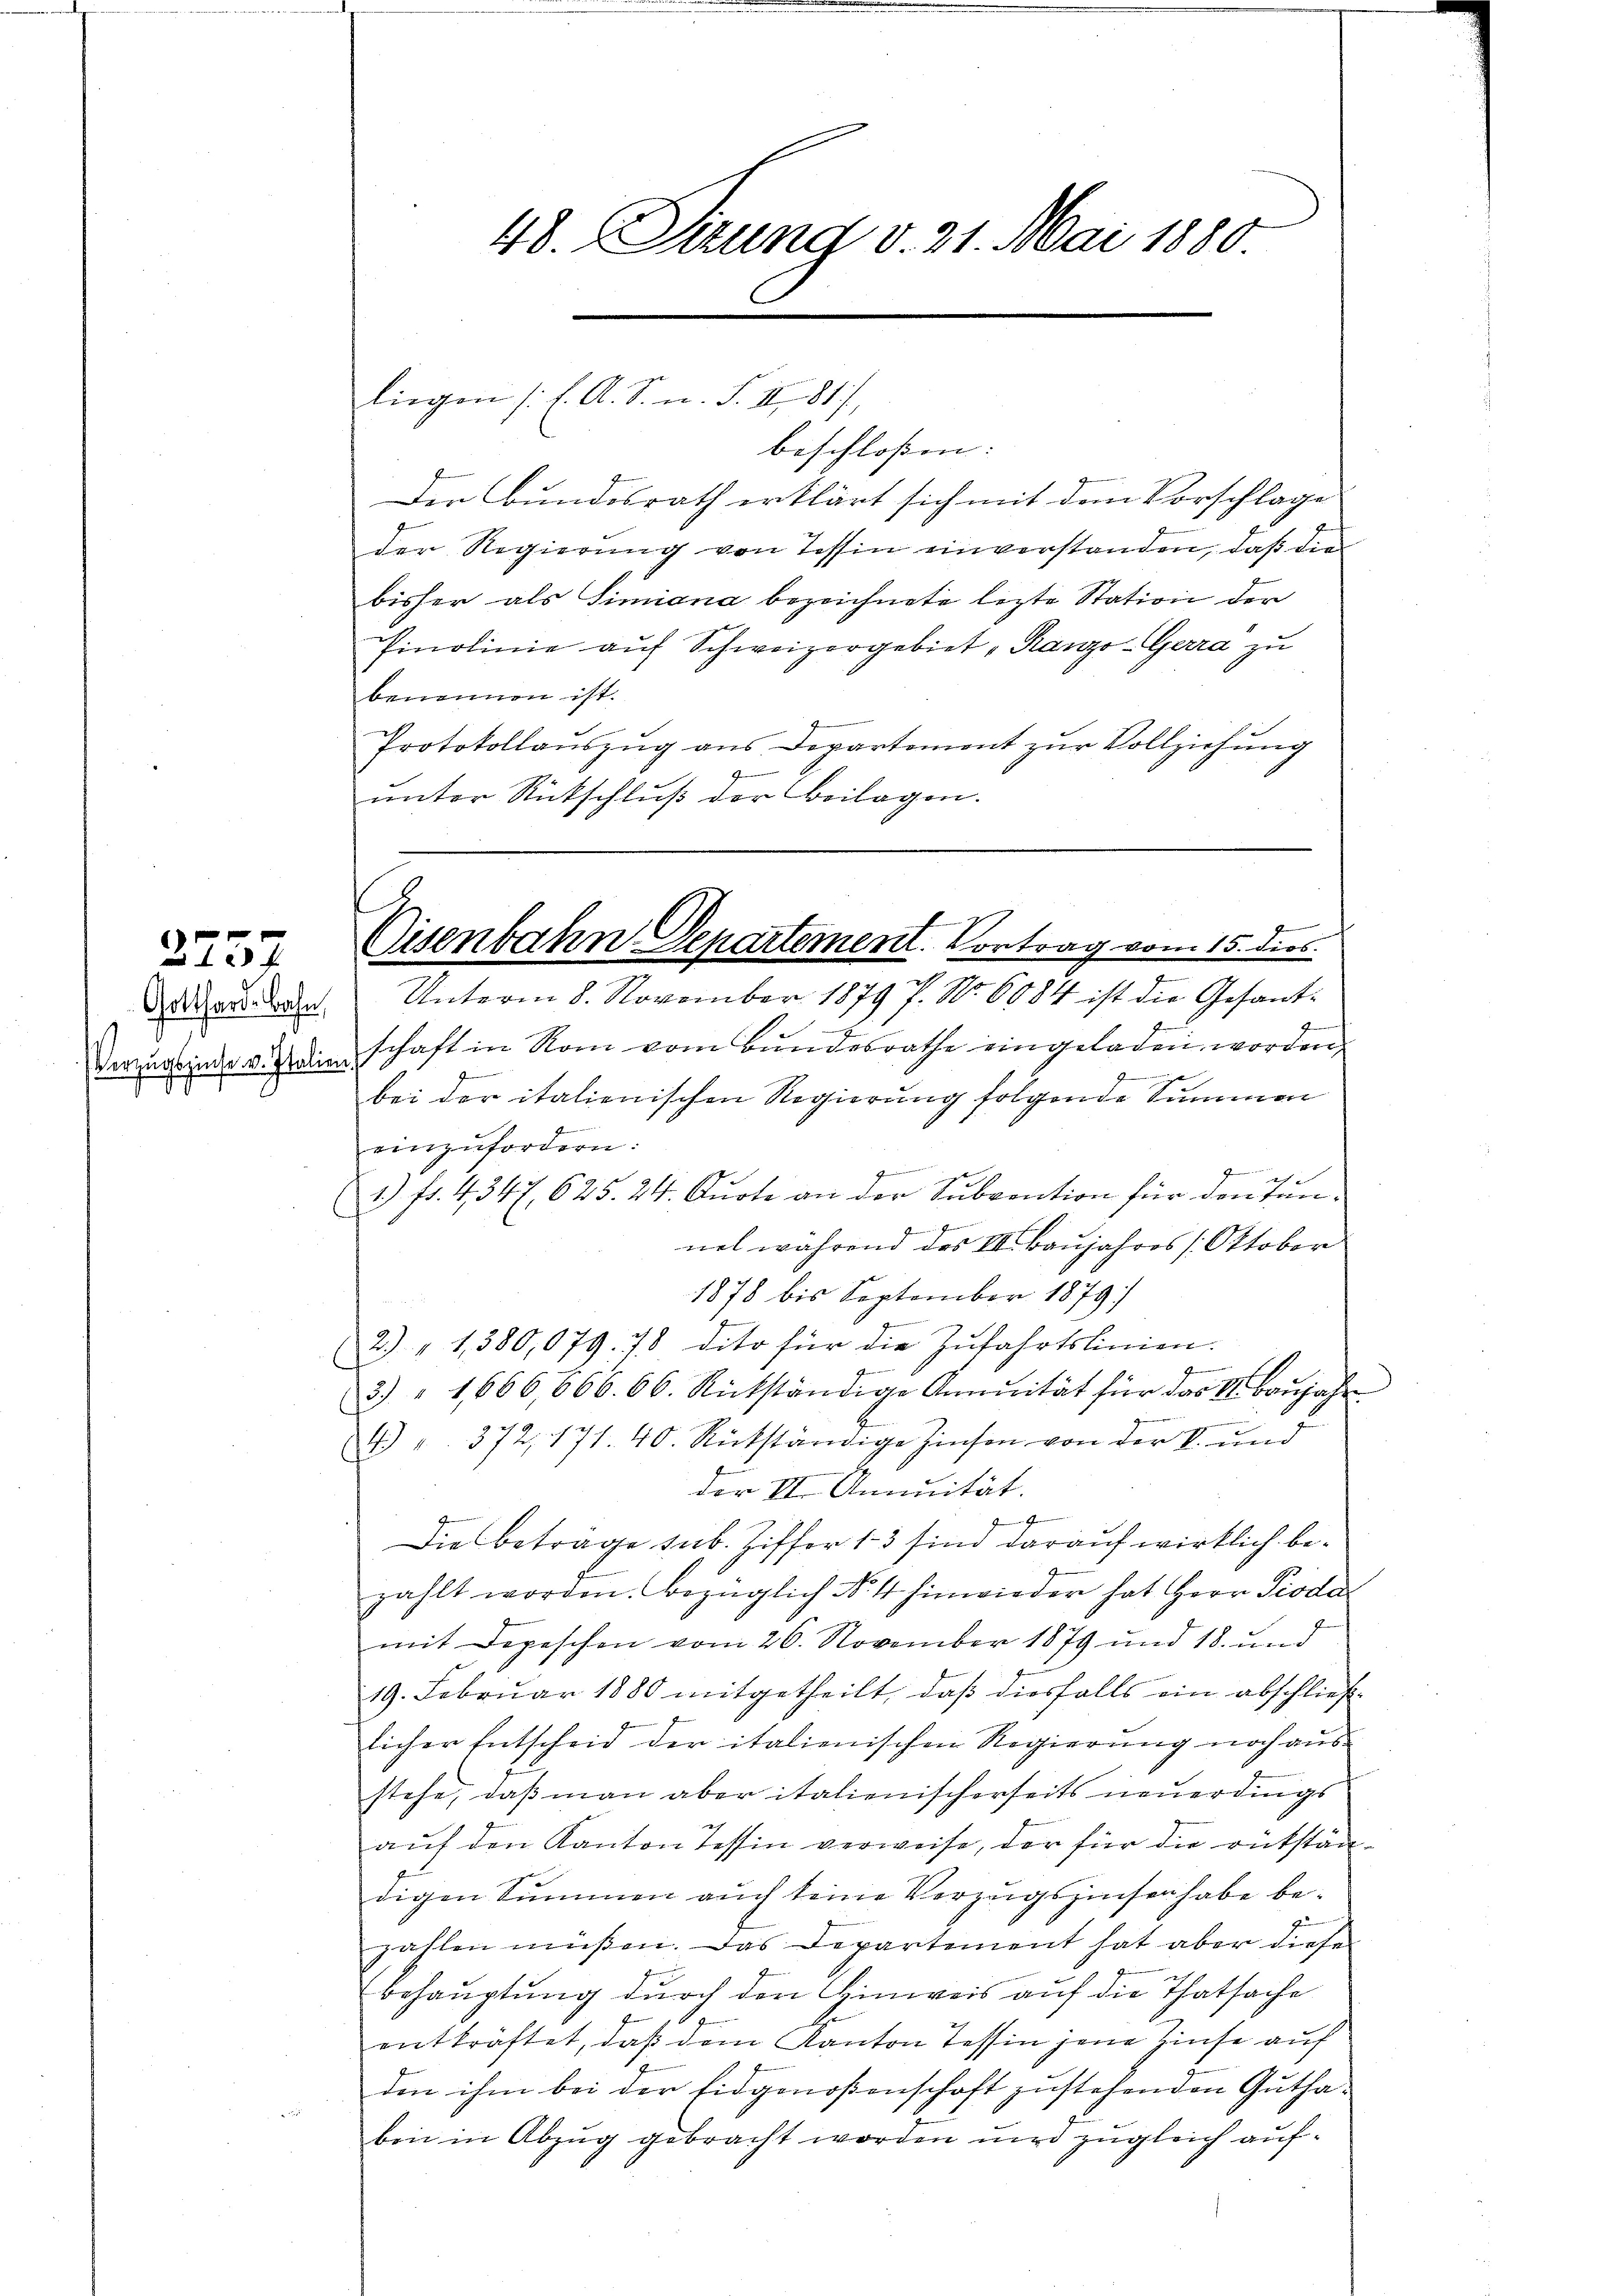
2257

Gotthard-Bahn,
Verzugszinse v. Italie

48. Sizung v. 21. Mai 1880

liegen (l. A. S. n. F. II 817,

beschloßen:
Der Bundesrath erklärt sich mit dem Vorschlage
der Regierung von Tessin einverstanden, daß die
bisher als Simiana bezeichnete lezte Station der
Einolinie auf Schweizergebiet „Ranzo-Gerra zu
benennen ist.
Protokollauszug aus Departement zur Vollziehung
unter Rückschluß der Beilagen.
Unterm 8. November 1879 f. No. 6084 ist die Gesande
schaft in Rom vom Bundesrathe eingeladen worden,

e
bei der italienischen Regierung folgende Summen
einzufordern:
E
1
1.) Fr. 4347. 625. 24. Curte an der Subvention für den Tan¬

nel während das III. Baŭjahres /: Oktober
1878 bis September 1879
2) " 1380,079. 78 dito für die Zŭfahrtslinien.
J
3) " 1666,666. 66. Rückständige Annuität für das II. Baŭjahr
) 372, 171. 40. Rückständige Zinsen von der V. und
der II. Annuität. |
d
Die Betrage sub. Ziffer 13 sind darauf wirklich bezahlt worden. Bezüglich No 4 hinwieder hat Herr Pioda
mit Depeschen vom 26. November 1879 und 18. und
19. Februar 1880 mitgetheilt, daß diesfalls ein abschließlicher Entscheid der italienischen Regierung noch ausstehe, daß man aber italienischerseits neuerdings
auf den Kanton Tessin verweise, der für die rückständigen Summen auch keine Verzugszinsen habe bezahlen müßen. Das Departement hat aber diesen
behauptung durch den Hinweis auf die Thatsache
entkräftet, daß dem Kanton Tessin jene Zinse auf
den ihm bei der Eidgenoßenschaft zustehenden Gutha-
ben in Abzug gebracht worden wird zugleich auf¬

r
f
4
Cisenbahn-Departement. Vortrag vom 15. dies
¬